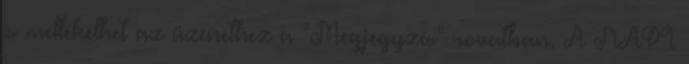
is mellékelhet az üzenethez a "Megjegyzés" rovatban. A NAPI